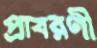
প্রাবরণী